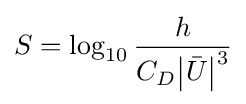
S=\log _{10}{\frac {h}{C_{D}{\left\vert {\bar {U}}\right\vert }^{3}}}